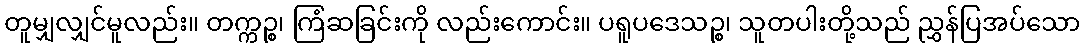
တူမျှလျှင်မူလည်း။ တက္ကဉ္စ၊ ကြံဆခြင်းကို လည်းကောင်း။ ပရူပဒေသဉ္စ၊ သူတပါးတို့သည် ညွှန်ပြအပ်သော